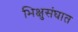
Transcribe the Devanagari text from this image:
भिक्षुसंघात